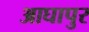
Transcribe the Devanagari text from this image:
आघापुर